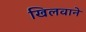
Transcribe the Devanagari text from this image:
खिलवाने